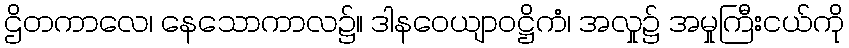
ဌိတကာလေ၊ နေသောကာလ၌။ ဒါနဝေယျာဝဋ္ဌိကံ၊ အလှု၌ အမှုကြီးငယ်ကို